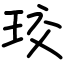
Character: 珓